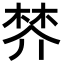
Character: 𣓴